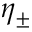
\eta _ { \pm }